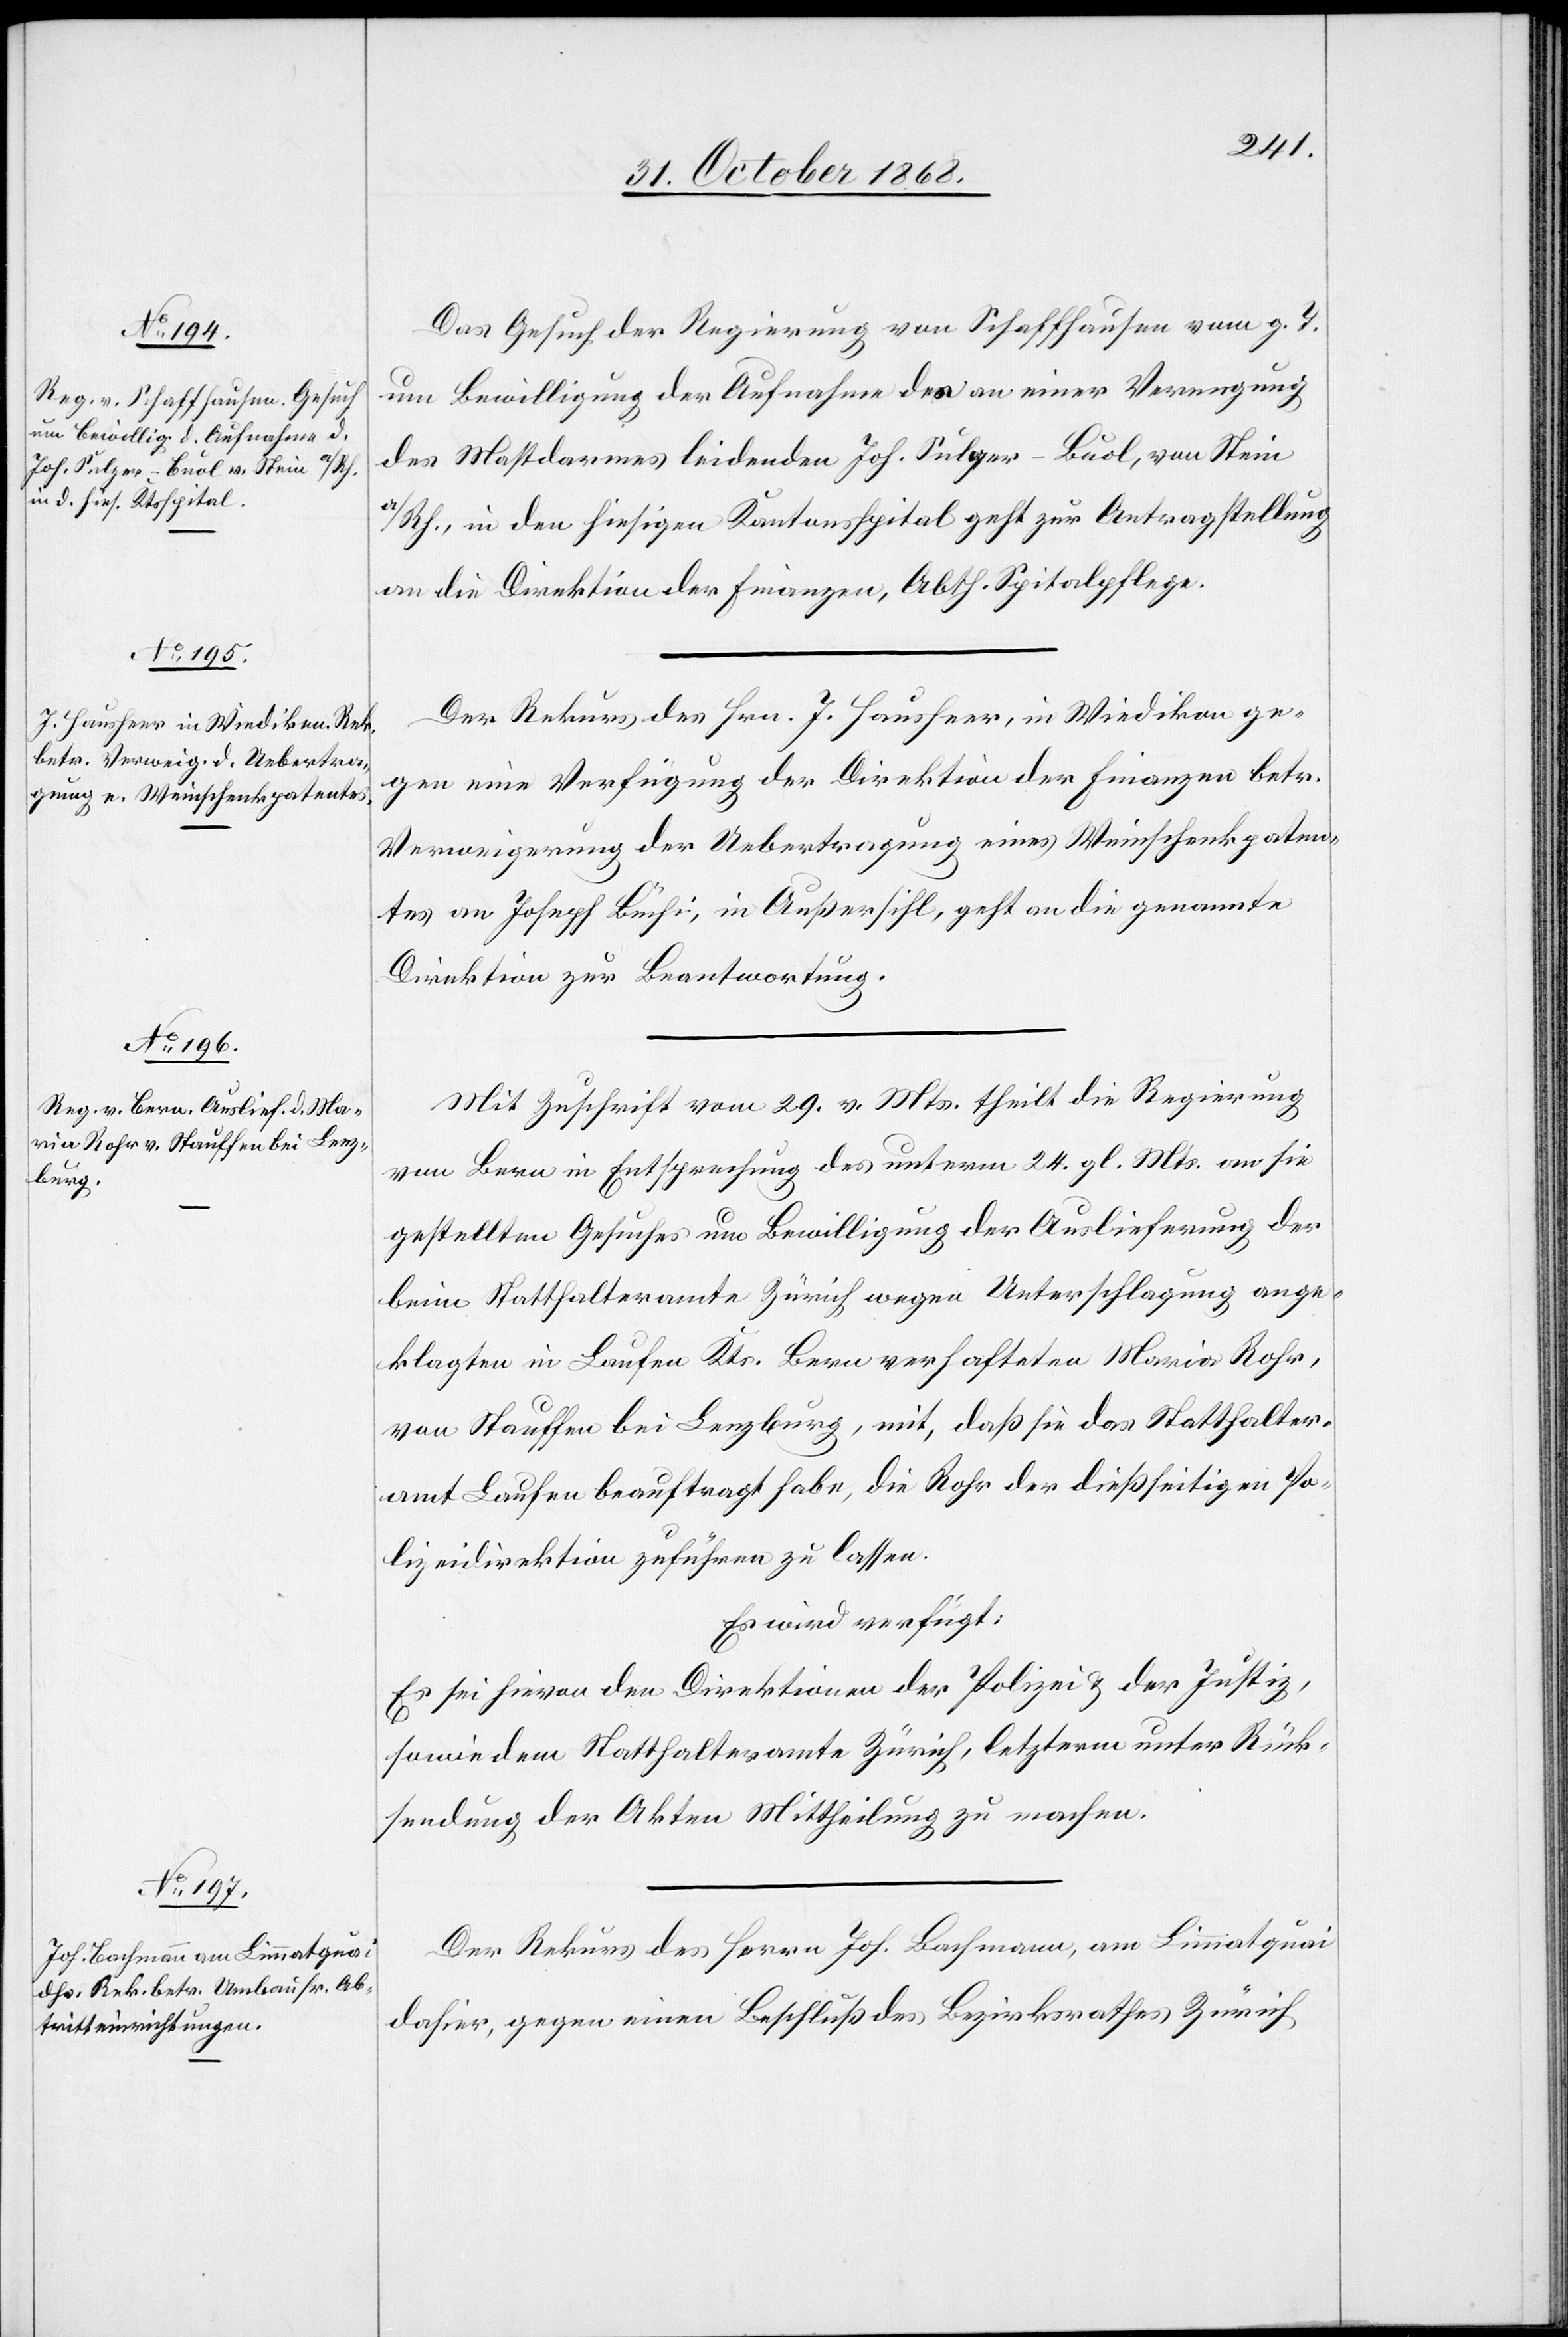
31. October 1868.]
Das Gesuch der Regierung von Schaffhausen vom g. T.
um Bewilligung der Aufnahme des an einer Verengung
des Mastdarmes leidenden Joh. Sulger-Buol, von Stein
a/Rh., in den hiesigen Kantonsspital geht zur Antragstellung
an die Direktion der Finanzen, Abth. Spitalpflege.
Der Rekurs des Hrn. J. Hausheer, in Wiedikon ge¬
gen eine Verfügung der Direktion der Finanzen betr.
Verweigerung der Uebertragung eines Weinschenkpaten¬
tes an Joseph Büchi, in Außersihl, geht an die genannte
Direktion zur Beantwortung.
Mit Zuschrift vom 29. v. Mts. theilt die Regierung
von Bern in Entsprechung des unterm 24. gl. Mts. an sie
gestellten Gesuches um Bewilligung der Auslieferung der
beim Statthalteramte Zürich wegen Unterschlagung ange¬
klagten in Laufen Kts. Bern verhafteten Maria Rohr,
von Stauffen bei Lenzburg, mit, daß sie das Statthalter¬
amt Laufen beauftragt habe, die Rohr der dießseitigen Po¬
lizeidirektion zuführen zu lassen.
Es wird verfügt:
Es sei hievon den Direktionen der Polizei & der Justiz,
sowie dem Statthalteramte Zürich, letzterm unter Rück¬
sendung der Akten Mittheilung zu machen.
Der Rekurs des Herrn Joh. Bachmann, am Limmatquai
dahier, gegen einen Beschluß des Bezirksrathes Zürich